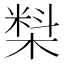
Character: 𰘑